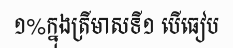
១%ក្នុងត្រីមាសទី១ បើធៀប